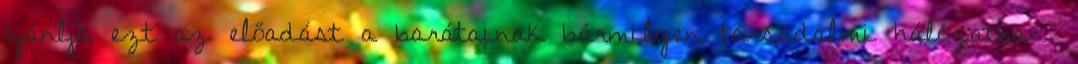
ajánlja ezt az előadást a barátainak bármilyen társadalmi hálózatban.